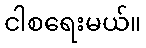
ငါစရေးမယ်။